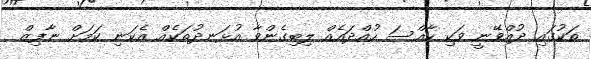
ތަކުގައި ދުއްވޭނީ ވަކި ހާއްސަ ހުއްދައެއް ލިބިގެންވާ އުޅަނދުތަކެއް އެކަނި ކަމަށް ނާފިޒް